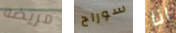
مريضه سوراج انا